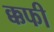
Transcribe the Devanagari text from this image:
क्कफी